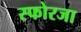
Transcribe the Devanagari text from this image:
स्फोरजा